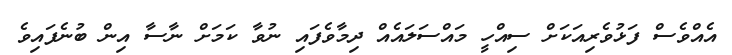
އެއްވެސް ފަޅުވެރިއަކަށް ސިއްހީ މައްސަލައެއް ދިމާވެފައި ނުވާ ކަމަށް ނާސާ އިން ބުނެފައިވެ